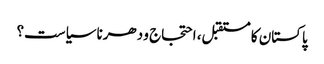
پاکستان کا مستقبل، احتجاج و دھرنا سیاست؟